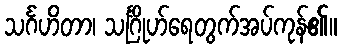
သင်္ဂဟိတာ၊ သင်္ဂြိုဟ်ရေတွက်အပ်ကုန်၏။